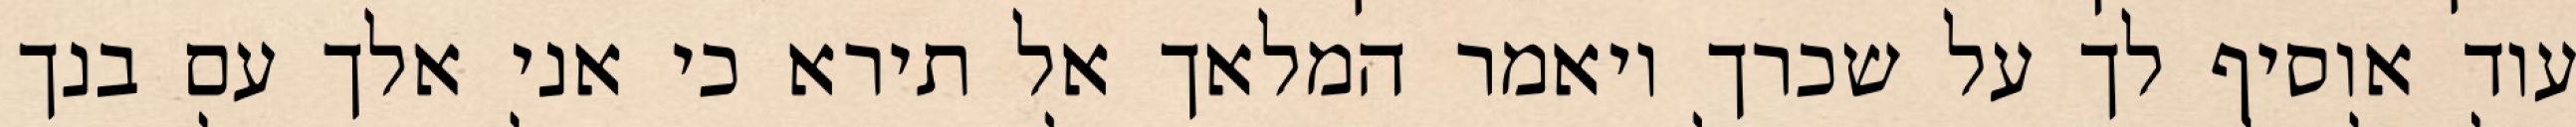
עוד אוסיף לך על שכרך ויאמר המלאך אל תירא כי אני אלך עם בנך